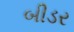
બીડર